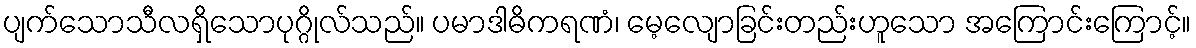
ပျက်သောသီလရှိသောပုဂ္ဂိုလ်သည်။ ပမာဒါဓိကရဏံ၊ မေ့လျောခြင်းတည်းဟူသော အကြောင်းကြောင့်။